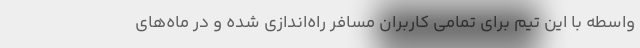
واسطه با این تیم برای تمامی کاربران مسافر راه‌اندازی شده و در ماه‌های